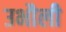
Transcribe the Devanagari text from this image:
उभौली